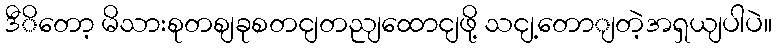
ဒီိတော့ မိသားစုတစျခုစတငျတညျထောငျဖို့ သငျ့တောျတဲ့အရှယျပါပဲ။